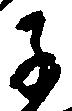
子